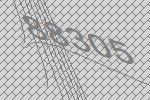
88305